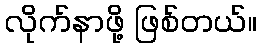
လိုက်နာဖို့ ဖြစ်တယ်။